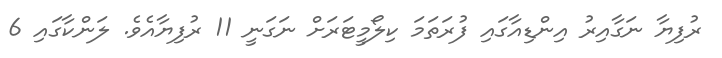
ރުފިޔާ ނަގާއިރު އިންޑިއާގައި ފުރަތަމަ ކިލޯމީޓަރަށް ނަގަނީ 11 ރުފިޔާއެވެ. ލަންކާގައި 6